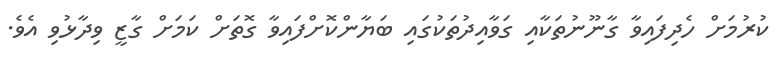
ކުރުމަށް ހެދިފައިވާ ގާނޫނުތަކާއި ގަވާއިދުތަކުގައި ބަޔާންކޮށްފައިވާ ގޮތަށް ކަމަށް ގާޒީ ވިދާޅުވި އެވެ.